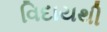
વિદાયથી